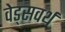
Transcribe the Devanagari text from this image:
वेड्सवर्थ